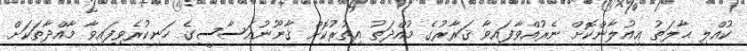
ކުއްލި ޙާލަތު ޢިއުލާންކޮށް ނެރުއްވާފައިވާ ޤަރާރުގެ މުއްދަތު އިތުރުކޮށް ޤާނޫނުއަސާސީގެ ހަނިކުރެވިފައިވާ މާއްދާތަކަށް